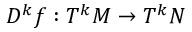
D ^ { k } f : T ^ { k } M \to T ^ { k } N